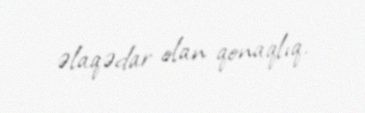
əlaqədar olan qonaqlıq.